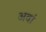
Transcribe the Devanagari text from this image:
अवां